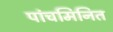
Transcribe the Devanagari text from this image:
पांचमिनित